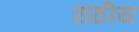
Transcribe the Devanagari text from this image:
राठीय